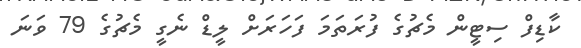
ކާޑިފް ސިޓީން މެޗުގެ ފުރަތަމަ ފަހަރަށް ލީޑް ނެގީ މެޗުގެ 79 ވަނަ